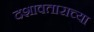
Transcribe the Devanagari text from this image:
दशावताराच्या